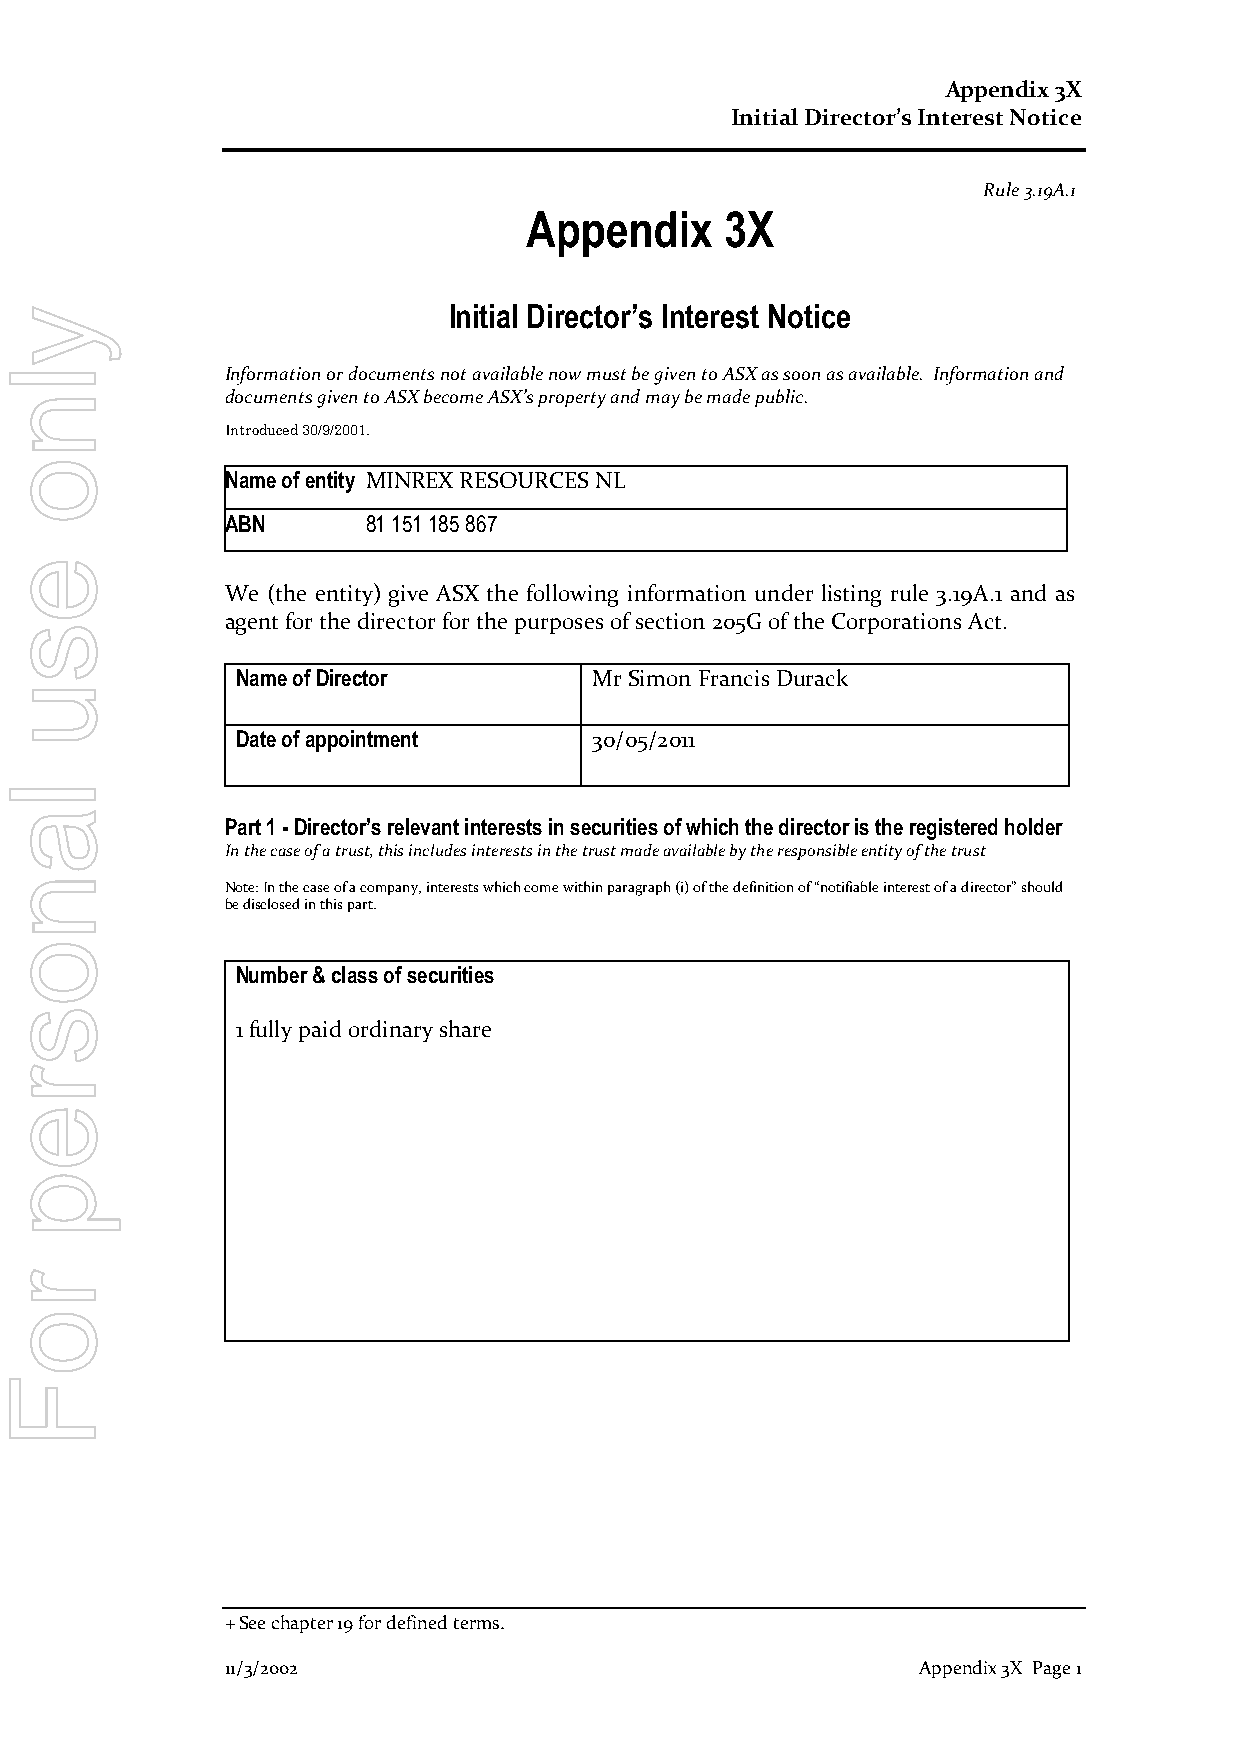
Appendix 3X
 Initial Director’s Interest Notice
 Rule 3.19A.1
 Appendix     3X
 y                             Initial Director’s Interest Notice
 l              Information or documents not available now must be given to ASX as soon as available. Information and
 n              documents given to ASX become ASX’s property and may be made public.
 Introduced 30/9/2001.
 o
 Name of entity MINREX RESOURCES NL
 ABN      81 151 185 867
 e
 We (the entity) give ASX the following information under listing rule 3.19A.1 and as
 agent for the director for the purposes of section 205G of the Corporations Act.
 s
 Name of Director       Mr Simon Francis Durack
 u
 Date of appointment    30/05/2011
 l
 a
 Part 1 - Director’s relevant interests in securities of which the director is the registered holder
 In the case of a trust, this includes interests in the trust made available by the responsible entity of the trust
 n
 Note: In the case of a company, interests which come within paragraph (i) of the definition of “notifiable interest of a director” should
 be disclosed in this part.
 o
 Number & class of securities
 s
 1 fully paid ordinary share
 r
 e
 p
 r
 o
 F
 + See chapter 19 for defined terms.
 11/3/2002                                     Appendix 3X Page 1